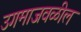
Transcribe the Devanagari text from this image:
उगमाजवळील